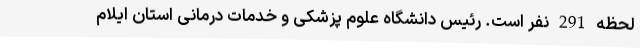
لحظه 291 نفر است. رئیس دانشگاه علوم پزشکی و خدمات درمانی استان ایلام